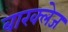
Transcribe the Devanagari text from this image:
बारक्लेज